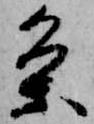
条